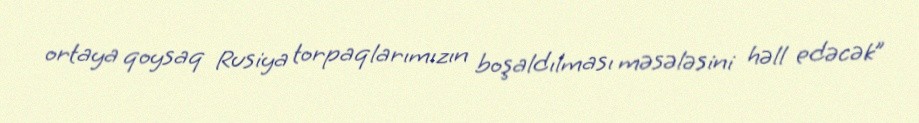
ortaya qoysaq Rusiya torpaqlarımızın boşaldılması məsələsini həll edəcək”